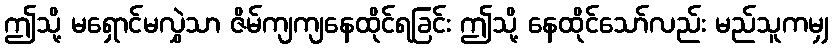
ဤသို့ မရှောင်မလွှဲသာ ဇိမ်ကျကျနေထိုင်ရခြင်း ဤသို့ နေထိုင်သော်လည်း မည်သူကမျှ